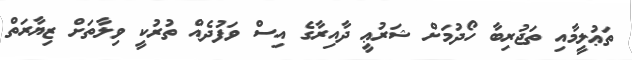
ތަޢުލީމާއި ތަޖުރިބާ ހޯދުމަށް ޝަރުޢީ ދާއިރާގެ އިސް ވަފުދެއް ތުރުކީ ވިލާތަށް ޒިޔާރަތް